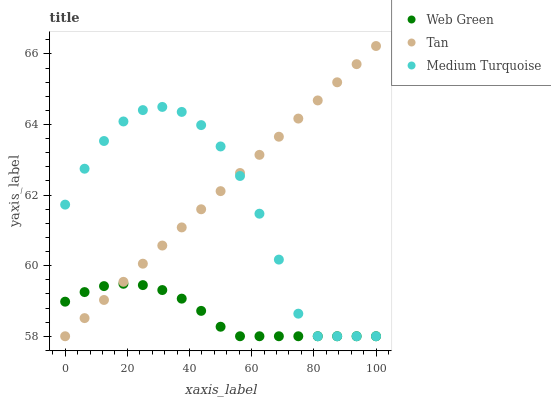
| xaxis_label | Web Green | Tan | Medium Turquoise |
 | --- | --- | --- | --- |
 | 0 | 59 | 58 | 61.7 |
 | 6.25 | 59.3 | 58.5 | 62.7 |
 | 12.5 | 59.4 | 59 | 63.5 |
 | 18.8 | 59.5 | 59.5 | 64.1 |
 | 25 | 59.4 | 60.1 | 64.4 |
 | 31.2 | 59.3 | 60.6 | 64.5 |
 | 37.5 | 59.1 | 61.1 | 64.4 |
 | 43.8 | 58.7 | 61.6 | 64 |
 | 50 | 58.3 | 62.1 | 63.4 |
 | 56.2 | 58 | 62.6 | 62.5 |
 | 62.5 | 58 | 63.1 | 61.5 |
 | 68.8 | 58 | 63.7 | 60.2 |
 | 75 | 58 | 64.2 | 58.6 |
 | 81.2 | 58 | 64.7 | 58 |
 | 87.5 | 58 | 65.2 | 58 |
 | 93.8 | 58 | 65.7 | 58 |
 | 100 | 58 | 66.2 | 58 |